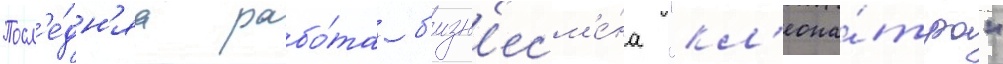
Посл'е́дн'яа рабо́та б'изн'есм'е́на "кл'еопа́тра"